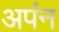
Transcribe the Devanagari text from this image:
अपंन